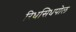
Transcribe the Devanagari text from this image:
रिधसिधपोल